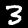
Label: 3